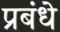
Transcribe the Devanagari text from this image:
प्रबंधे